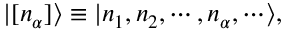
| [ n _ { \alpha } ] \rangle \equiv | n _ { 1 } , n _ { 2 } , \cdots , n _ { \alpha } , \cdots \rangle ,